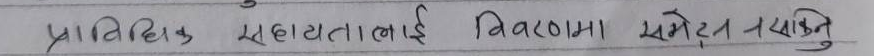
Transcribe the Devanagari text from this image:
प्राविधिक सहायतालाई विवरणमा समेट्न सकिन्छ।